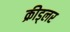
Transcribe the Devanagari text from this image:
क्रीड्लर